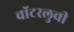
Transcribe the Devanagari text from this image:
वॉटरलुची